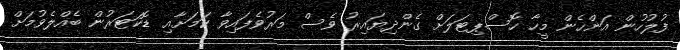
ފުލުހުން އަންހެން މީހާ ހޮސްޕިޓަލަށް ގެންދިޔައިރު ވެސް މަރުވެފައިވާ ކަމަށާއި ޑޮކަޓަރުން ބެއްލެވުމަށް